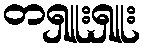
တရှူးရှူး